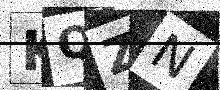
Text: KQZN